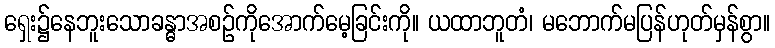
ရှေး၌နေဘူးသောခန္ဓာအစဉ်ကိုအောက်မေ့ခြင်းကို။ ယထာဘူတံ၊ မဘောက်မပြန်ဟုတ်မှန်စွာ။